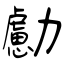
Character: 勴